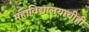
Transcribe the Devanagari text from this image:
महाविद्यालयाचीही